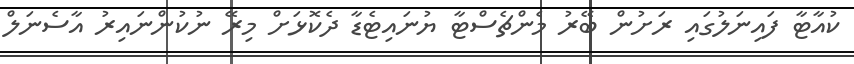
ކުއާޓާ ފައިނަލުގައި ރަށުން ބޭރު މެންޗެސްޓާ ޔުނައިޓެޑާ ދެކޮޅަށް މިރޭ ނުކުންނައިރު އާސެނަލް